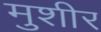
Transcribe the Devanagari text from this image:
मुशीर